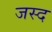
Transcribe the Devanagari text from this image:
जस्द